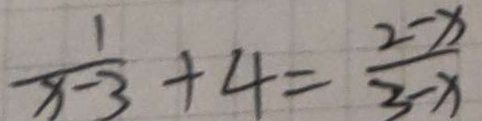
\frac { 1 } { x - 3 } + 4 = \frac { 2 - x } { 3 - x }